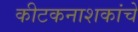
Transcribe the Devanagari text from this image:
कीटकनाशकांचे